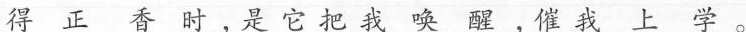
得正香时，是它把我唤醒，催我上学。